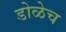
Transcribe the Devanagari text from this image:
डोळेच